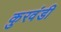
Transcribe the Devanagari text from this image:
कुरवंडी